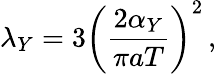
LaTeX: \lambda_{Y}=3\left(\frac{2\alpha_{Y}}{\pi aT}\right)^{2}\, ,